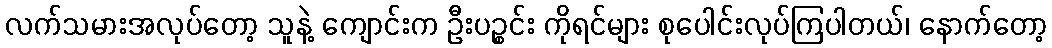
လက်သမားအလုပ်တော့ သူနဲ့ ကျောင်းက ဦးပဉ္စင်း ကိုရင်များ စုပေါင်းလုပ်ကြပါတယ်၊ နောက်တော့